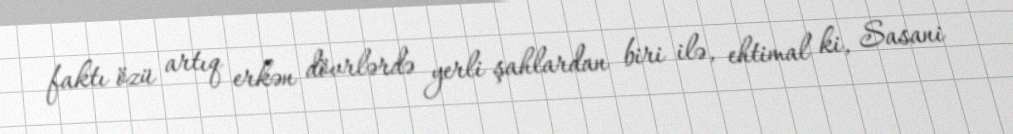
faktı özü artıq erkən dövrlərdə yerli şahlardan biri ilə, ehtimal ki, Sasani